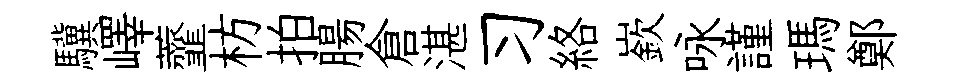
驥嶧虀枋拍腸倉湛习絡嶔咏謹瑪鄭